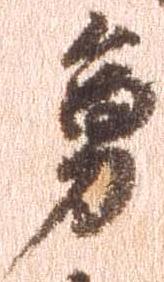
勇